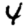
Digit: 4